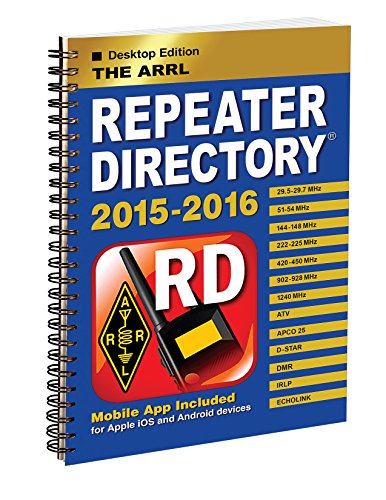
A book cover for The ARRL Repeater Directory 2015/2016 Desktop Edition; ARRL Inc.; Engineering & Transportation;